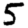
Digit: 5